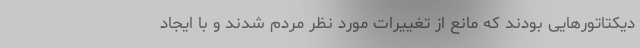
دیکتاتورهایی بودند که مانع از تغییرات مورد نظر مردم شدند و با ایجاد